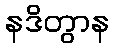
နဒိတွာန